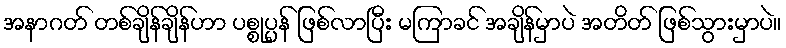
အနာဂတ် တစ်ချိန်ချိန်ဟာ ပစ္စုပ္ပန် ဖြစ်လာပြီး မကြာခင် အချိန်မှာပဲ အတိတ် ဖြစ်သွားမှာပဲ။